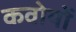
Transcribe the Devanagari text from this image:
कवोयों